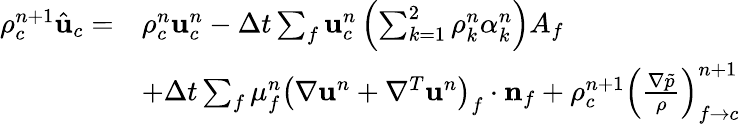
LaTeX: \begin{array}{rl}{\rho_{c}^{n+1}\hat{\mathbf{u}}_{c}=}&{\rho_{c}^{n}\mathbf{u}_{c}^{n}-\Delta t\sum_{f}\mathbf{u}_{c}^{n}\left(\sum_{k=1}^{2}\rho_{k}^{n}\alpha_{k}^{n}\right)A_{f}}\\ &{+\Delta t\sum_{f}\mu_{f}^{n}\left(\nabla\mathbf{u}^{n}+\nabla^{T}\mathbf{u}^{n}\right)_{f}\cdot\mathbf{n}_{f}+\rho_{c}^{n+1}\left(\frac{\nabla\tilde{p}}{\rho}\right)_{f\rightarrow c}^{n+1}}\end{array}